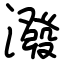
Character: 潑